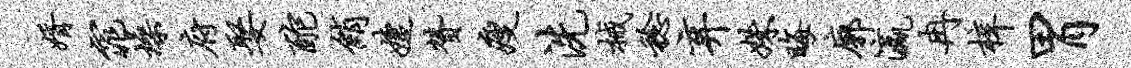
婿窕燥府娶酡绡婕赞瘦洗械稔弃姝晦廓瀛冉梓胃